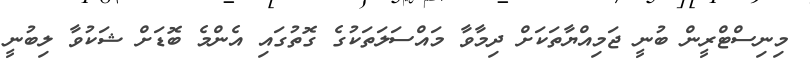
މިނިސްޓްރީން ބުނީ ޖަމިއްޔާތަކަށް ދިމާވާ މައްސަލަތަކުގެ ގޮތުގައި އެންމެ ބޮޑަށް ޝަކުވާ ލިބުނީ